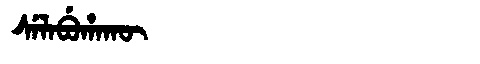
Manchu: ᠰᡝᠯᠠᠪᡠᡥᠠᡴᡡ
Romanization: SELABUHAKŪ